Indian journal of veterinary science and animal husbandry - Volume 14,
Year: 1944
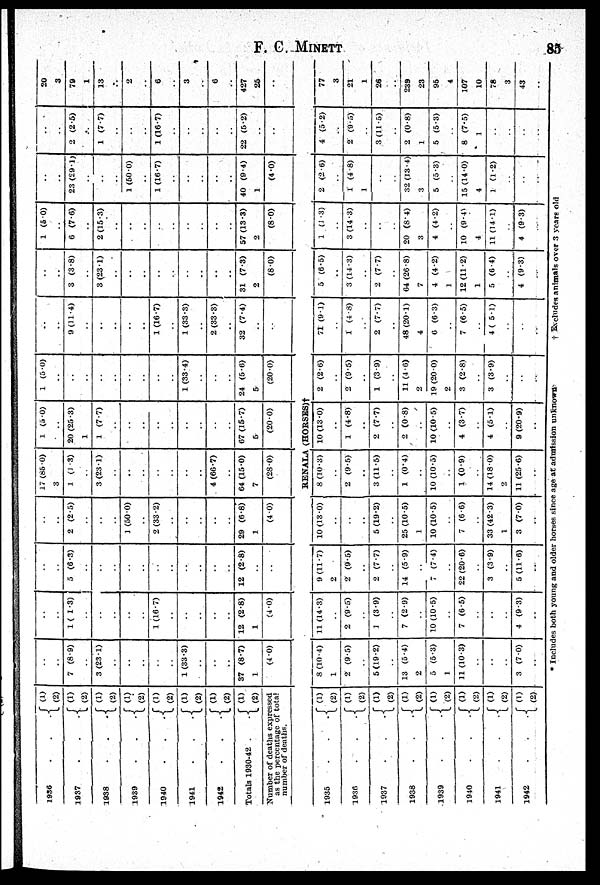
F. C.
MINETT
85
1936 . . .
1937 . . .
1938 . . .
1939 . . .
1940
1941 . . .
1942 . . .
Totals 1930-42 .
Number of deaths expressed
as the percentage of total
number of deaths.
1935 . . .
1936 . . .
1937 . . .
1938 . . .
1939 . . .
1940 . . .
1941 . . .
1942 . . .
(1)
(2)
(1)
(2)
(1)
(2)
(1)
(2)
(1)
(2)
(1)
(2)
(1)
(2)
(1)
(2)
(1)
(2)
(1)
(2)
(1)
(2)
( 1)
(2)
(1)
(2)
(1)
(2)
(1)
(2)
(1) (2)
..
..
7 (8.9)
..
3 (23.1)
..
..
..
..
..
1 (33.3)
..
..
..
37 (8.7)
1
(4.0)
..
..
1 ( 1.3)
..
..
..
..
..
1 (16.7)
..
..
..
..
..
12 (2.8)
1
(4.0)
..
..
5 (6.3)
..
..
..
..
..
..
..
..
..
..
..
12 (2.8)
..
..
..
..
2 (2.5)
..
..
..
1 (50.0)
..
2 (33.2)
..
..
..
..
..
29 (6.8)
1
(4.0)
17 (85.0)
3
1 (1.3)
..
3 (23.1)
..
..
..
..
..
..
..
4 (66.7)
..
64 (15.0)
7
(28.0)
1 (5.0)
..
20 (25.3)
1
1 (7.7)
..
..
..
..
..
..
..
..
..
67 (15.7)
5
(20.0)
1 (5.0)
..
..
..
..
..
..
..
..
..
1 (33.4)
..
..
..
24 (5.6)
5
(20.0)
..
..
9 (11.4)
..
..
..
..
..
1 (16.7)
..
1 (33.3)
..
2 (33.3)
..
32 (7.4)
..
..
..
..
3 (3.8)
..
3 (23.1)
..
..
..
..
..
..
..
..
..
31 (7.3)
2
(8.0)
1 (5.0)
..
6 (7.6)
..
2 (15.3)
..
..
..
..
..
..
..
..
57 (13.3)
2
(8.0)
..
..
23 (29.1)
..
..
..
1 (50.0)
..
1 (16.7)
..
..
..
..
..
40 (9.4)
1
(4.0)
..
..
2 (2.5)
..
1 (7.7)
..
..
..
1 (16.7)
..
..
..
..
..
22 (5.2)
..
..
20
3
79
1
13
..
2
..
6
..
3
..
6
..
427
25
..
RENALA (HORSES)†
8 (10.4)
1
2 (9.5)
..
5 (19.2)
..
13 (5.4)
2
5 (5.3)
1
11 (10.3)
..
..
..
3 (7.0)
..
11 (14.3)
..
2 (9.5)
..
1 (3.9)
..
7 (2.9)
..
10 (10.5)
..
7 (6.5)
..
..
..
4 (9.3)
..
9 (11.7)
2
2 (9.5)
..
2 (7.7)
..
14 (5.9)
..
7 (7.4)
..
22 (20.6)
..
3 (3.9)
..
5 (11.6)
..
10 (13.0)
..
..
..
5 (19.2)
..
25 (10.5)
1
10 (10.5)
..
7 (6.6)
..
33 (42.3)
1
3 (7 0)
..
8 (10.3)
..
2 (9.5)
..
3 (11.5)
..
1 (0.4)
..
10 (10.5)
..
1 (0.9)
..
14 (18.0)
2
11 (25.6)
..
10 (13.0)
..
1 (4.8)
..
2 (7.7)
..
2 (0.8)
..
10 (10.5)
..
4 (3.7)
..
4 (5-1)
..
9 (20.9)
..
2 (2.6)
..
2 (9.5)
..
1 (3.9)
..
11 (4.6)
2
19 (20.0)
2
3 (2.8)
..
3 (3.9)
..
..
..
71 (9.1)
..
1 (4.8)
..
2 (7-7)
..
48 (20.1)
4
6 (6.3)
..
7 (6.5)
..
4 ( 5.1)
..
..
..
5 (6.5)
..
3 (14-3)
..
2 (7.7)
..
64 (26.8)
7
4 (4.2)
1
12 (11.2)
1
5 (6.4)
..
4 (9.3)
..
1 (1.3)
..
3 (14.3)
..
..
..
20 (8.4)
3
4 (4.2)
..
10 (9.4)
4
11 (14.1)
..
4 (9.3)
..
2 (2.6)
..
1 (4.8)
1
..
..
32 (13.4)
3
5 (5-3)
..
15 (14.0)
4
1 (1.2)
..
..
..
4 (5.2)
..
2 (9.5)
..
3 (11.5)
..
2 (0.8)
1
5 (5.3)
..
8 (7.5)
1
..
..
..
..
77
3
21
1
26
..
239
23
95
4
107
10
78
3
43
..
* Includes both young and older horses since age at admission unknown
†
Excludes animals over 3 years old